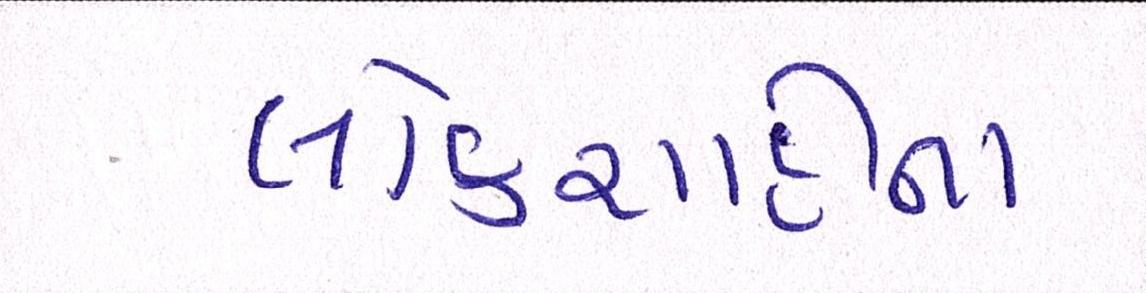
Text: લોકશાહીના